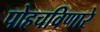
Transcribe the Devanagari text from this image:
पोहचविणारे